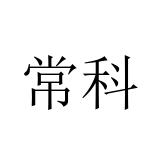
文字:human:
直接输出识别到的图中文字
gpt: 常科